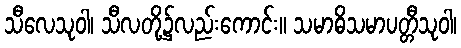
သီလေသုဝါ၊ သီလတို့၌လည်းကောင်း။ သမာဓိသမာပတ္တီသုဝါ၊